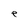
Character: e